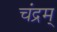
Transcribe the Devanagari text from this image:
चंद्रम्